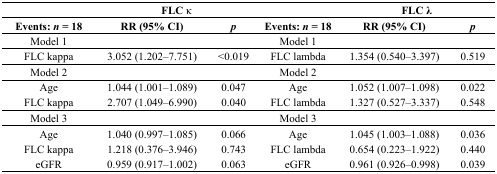
|  | <COLSPAN=2> FLC κ |  | <COLSPAN=2> FLC λ |
 | Events:n = 18 | RR (95% CI) | p | Events:n = 18 | RR (95% CI) | p |
 | --- | --- | --- | --- | --- | --- |
 | Model 1 |  |  | Model 1 |  |  |
 | FLC kappa | 3.052 (1.202–7.751) | <0.019 | FLC lambda | 1.354 (0.540–3.397) | 0.519 |
 | Model 2 |  |  | Model 2 |  |  |
 | Age | 1.044 (1.001–1.089) | 0.047 | Age | 1.052 (1.007–1.098) | 0.022 |
 | FLC kappa | 2.707 (1.049–6.990) | 0.040 | FLC lambda | 1.327 (0.527–3.337) | 0.548 |
 | Model 3 |  |  | Model 3 |  |  |
 | Age | 1.040 (0.997–1.085) | 0.066 | Age | 1.045 (1.003–1.088) | 0.036 |
 | FLC kappa | 1.218 (0.376–3.946) | 0.743 | FLC lambda | 0.654 (0.223–1.922) | 0.440 |
 | eGFR | 0.959 (0.917–1.002) | 0.063 | eGFR | 0.961 (0.926–0.998) | 0.039 |